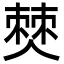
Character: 僰